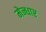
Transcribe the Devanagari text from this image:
मेन्धार